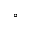
^ \circ